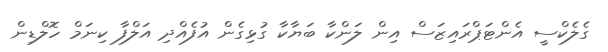
ގެލެކްސީ އެންޓަޕްރައިޒަސް އިން ލަންކާ ބަޔާކާ ގުޅިގެން އުފެއްދި އަލްފާ ކިނަމް ހޮލްޑިން